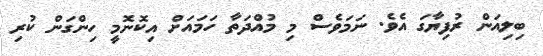
ބިލިއަން ރުފިޔާގަ އެވެ. ނަމަވެސް މި މުއްދަތާ ހަމައަށް އިކޮނޮމީ ހިންގަން ކުރި